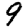
Digit: 9